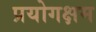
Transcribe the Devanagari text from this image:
प्रयोगक्षम